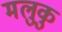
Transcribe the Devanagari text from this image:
मलुकु